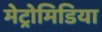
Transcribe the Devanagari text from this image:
मेट्रोमिडिया